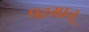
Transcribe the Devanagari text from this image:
परमानू